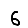
Digit: 6